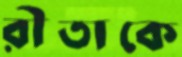
রীতাকে